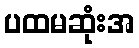
ပထမဆုံးအ